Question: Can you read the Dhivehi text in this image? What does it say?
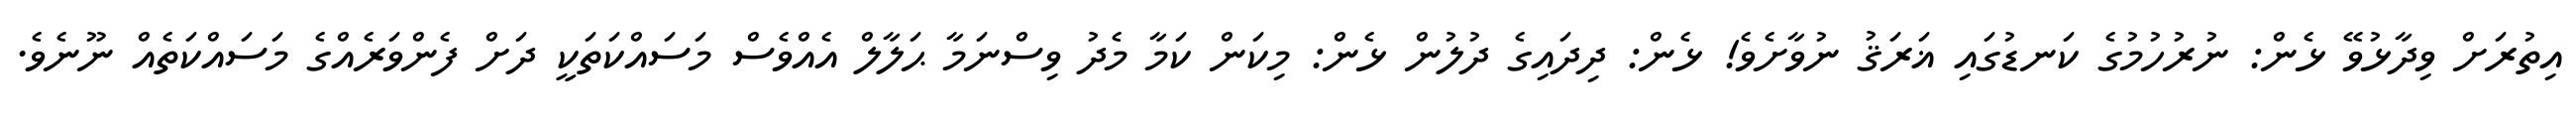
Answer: އިތުރަށް ވިދާޅުވޭ ޅެން: ނުރުހުމުގެ ކަނޑުގައި ޣަރަޤު ނުވާށެވެ! ޅެން: ދިދައިގެ ދުލުން ޅެން: މިކަން ކަމާ މެދު ވިސްނަމާ ޙަލާލް އެއްވެސް މަސައްކަތަކީ ދަށް ފެންވަރެއްގެ މަސައްކަތެއް ނޫނެވެ.